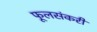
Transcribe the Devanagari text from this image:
फूलसंकरी